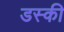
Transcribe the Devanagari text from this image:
डस्की